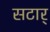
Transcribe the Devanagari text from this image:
सटार्